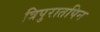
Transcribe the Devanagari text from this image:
त्रिपुरातपिन